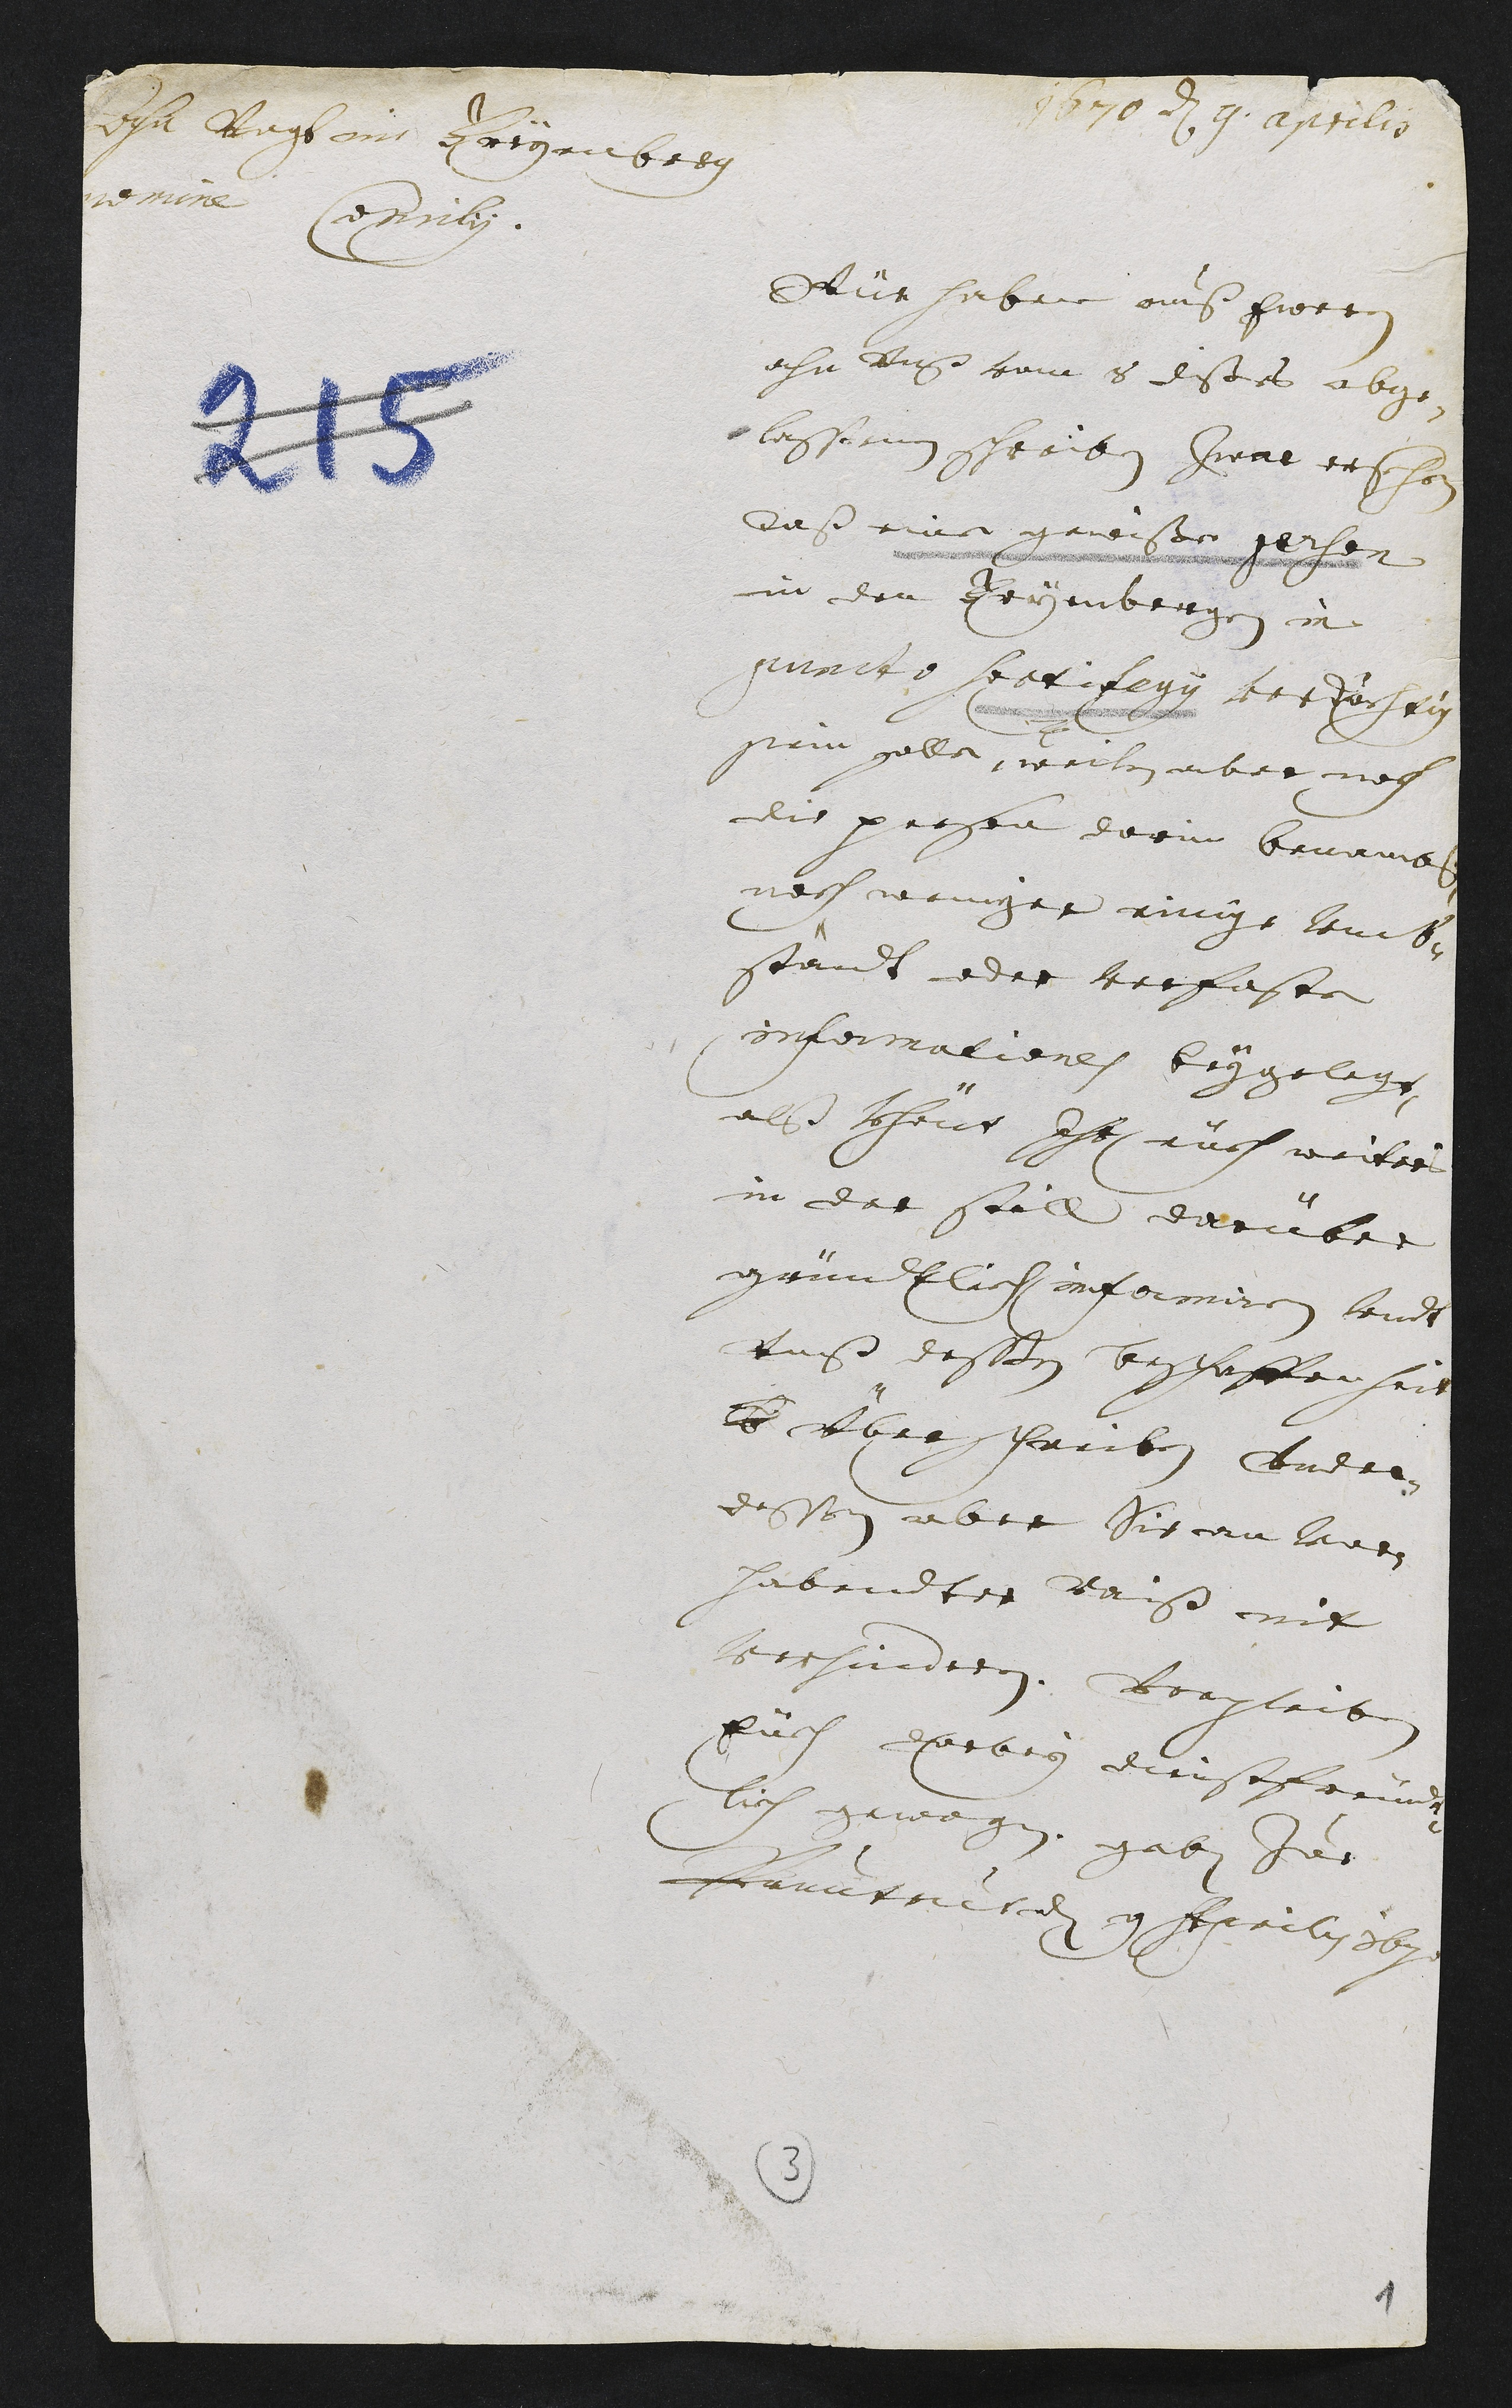
1670 den 9. aprilis
Ahn Vogt im Freyenberg
nomine Consilii
Wür haben auß Ewrem
ahn uns vom 8. dieses abge-
lassenen schreiben Zwar ersehen
daß eine gewiße person
in den Freyenbergen in
puncto sortilegii verdächtig
sein solle, weilen aber noch
die person darin benambst,
noch weniger einige Umb-
ständt oder verfaste
informationes beygelegt,
also khöndt Ihr eüch weiters
in der still darüber
gründtlich informiren undt
unß deßen besch.affenheit
B überschreiben under-
dessen aber Sie an vor-
habender raiß nit
verhinderen. Verpleiben
Eüch darbey dienstfreünd-
lich gewogen. geben Zue
Pruntrut den 9 Aprilis 1670